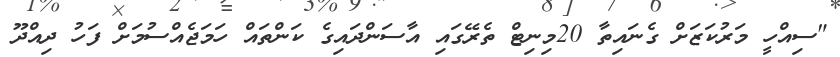
"ސިއްހީ މަރުކަޒަށް ގެނައިތާ 20މިނިޓް ތެރޭގައި އާސަންދައިގެ ކަންތައް ހަމަޖެއްސުމަށް ފަހު ދިއްދޫ